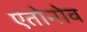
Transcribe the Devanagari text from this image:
एंतोनोव